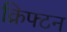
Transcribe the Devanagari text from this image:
क्रिफ्टन